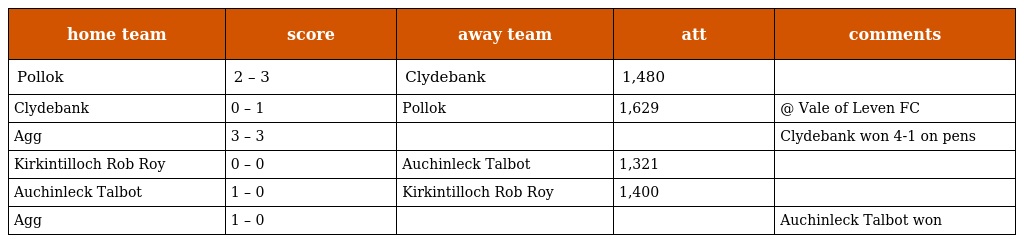
| home team | score | away team | att | comments |
 | --- | --- | --- | --- | --- |
 | Pollok | 2 – 3 | Clydebank | 1,480 |  |
 | Clydebank | 0 – 1 | Pollok | 1,629 | @ Vale of Leven FC |
 | Agg | 3 – 3 |  |  | Clydebank won 4-1 on pens |
 | Kirkintilloch Rob Roy | 0 – 0 | Auchinleck Talbot | 1,321 |  |
 | Auchinleck Talbot | 1 – 0 | Kirkintilloch Rob Roy | 1,400 |  |
 | Agg | 1 – 0 |  |  | Auchinleck Talbot won |